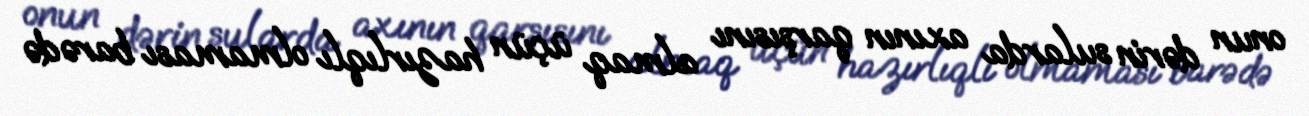
onun dərin sularda axının qarşısını almaq üçün hazırlıqlı olmaması barədə